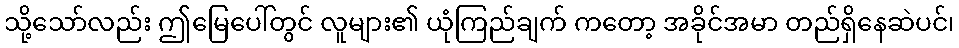
သို့သော်လည်း ဤမြေပေါ်တွင် လူများ၏ ယုံကြည်ချက် ကတော့ အခိုင်အမာ တည်ရှိနေဆဲပင်၊